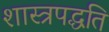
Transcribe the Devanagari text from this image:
शास्त्रपद्धति